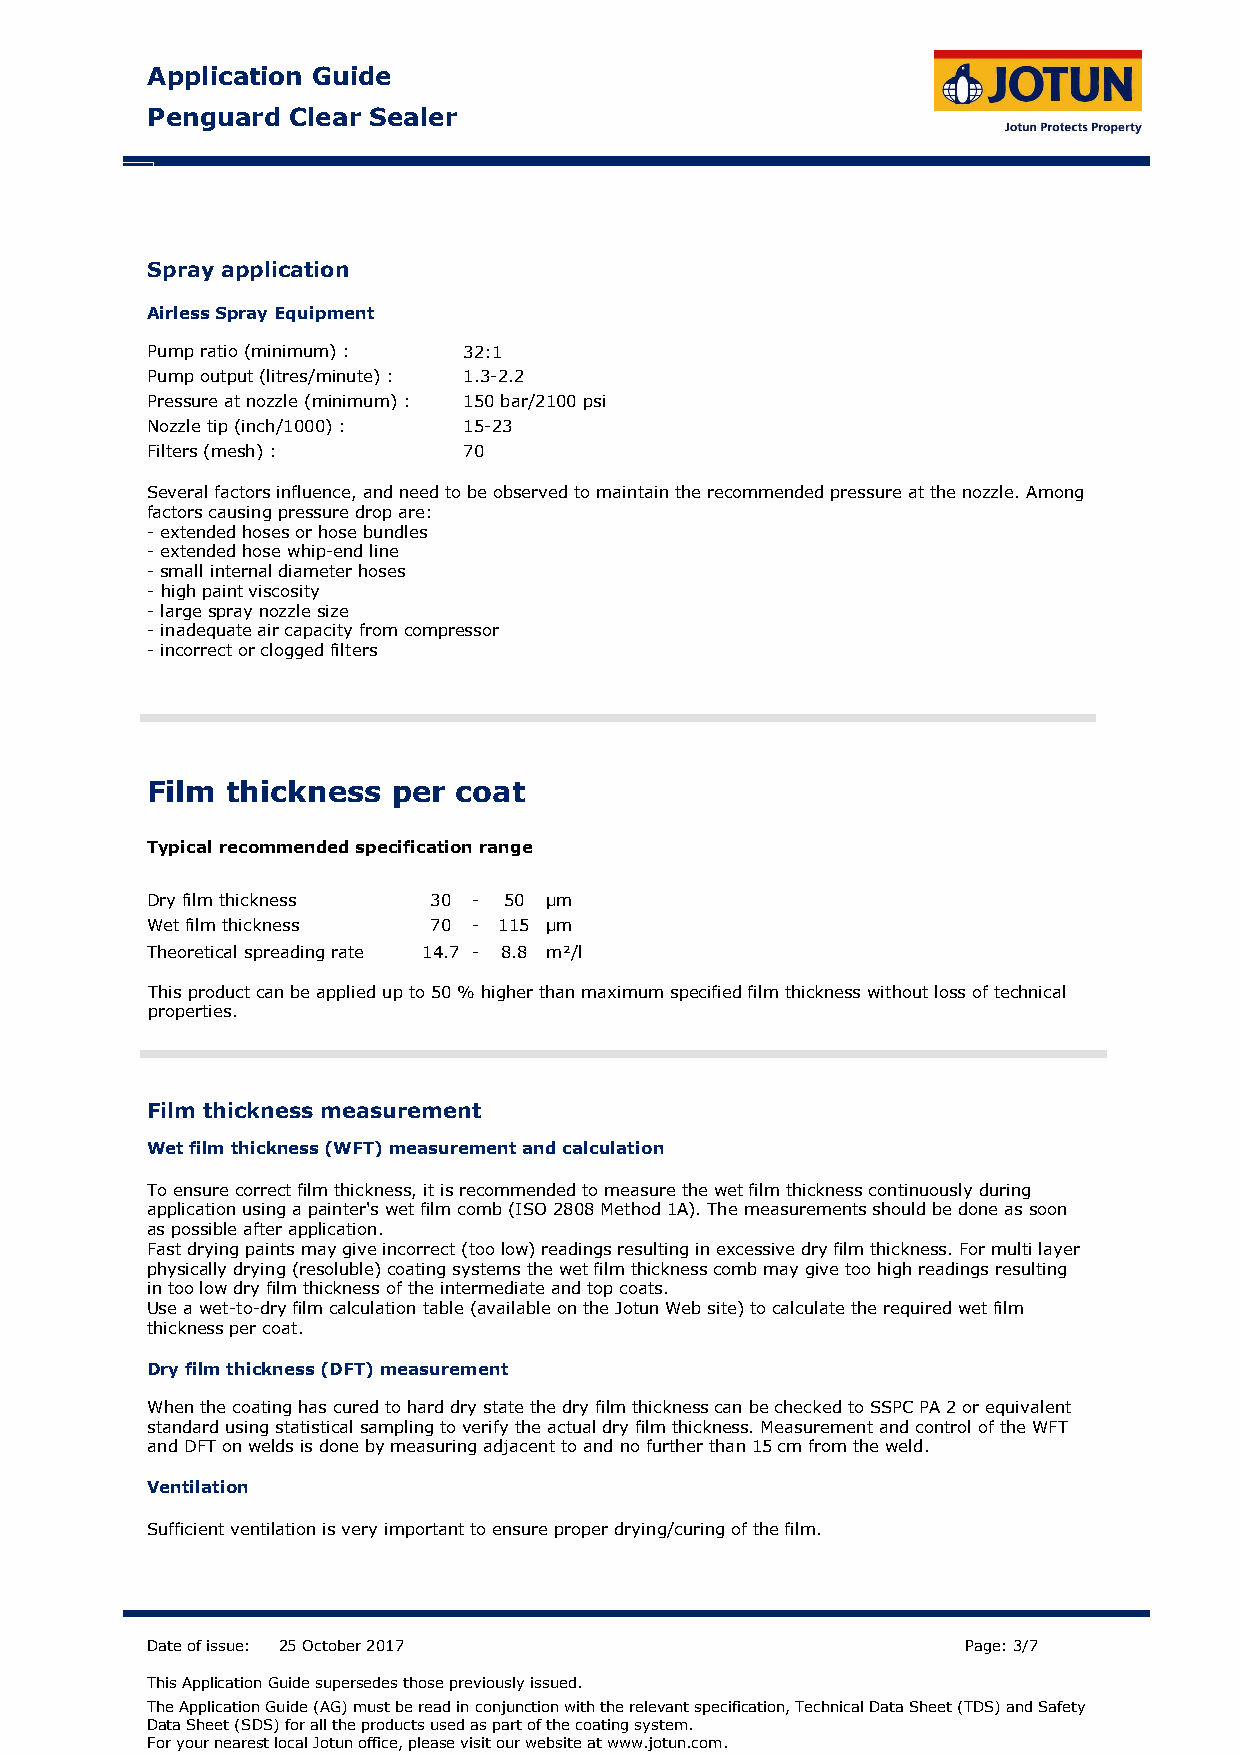
Application Guide
 Penguard Clear Sealer
 Spray application
 Airless Spray Equipment
 Pump ratio (minimum) : 32:1
 Pump output (litres/minute) : 1.3-2.2
 Pressure at nozzle (minimum) : 150 bar/2100 psi
 Nozzle tip (inch/1000) : 15-23
 Filters (mesh) :     70
 Several factors influence, and need to be observed to maintain the recommended pressure at the nozzle. Among
 factors causing pressure drop are:
 - extended hoses or hose bundles
 - extended hose whip-end line
 - small internal diameter hoses
 - high paint viscosity
 - large spray nozzle size
 - inadequate air capacity from compressor
 - incorrect or clogged filters
 Film thickness  per coat
 Typical recommended specification range
 Dry film thickness 30 - 50 μm
 Wet film thickness 70 - 115 μm
 Theoretical spreading rate 14.7 - 8.8 m²/l
 This product can be applied up to 50 % higher than maximum specified film thickness without loss of technical
 properties.
 Film thickness measurement
 Wet film thickness (WFT) measurement and calculation
 To ensure correct film thickness, it is recommended to measure the wet film thickness continuously during
 application using a painter's wet film comb (ISO 2808 Method 1A). The measurements should be done as soon
 as possible after application.
 Fast drying paints may give incorrect (too low) readings resulting in excessive dry film thickness. For multi layer
 physically drying (resoluble) coating systems the wet film thickness comb may give too high readings resulting
 in too low dry film thickness of the intermediate and top coats.
 Use a wet-to-dry film calculation table (available on the Jotun Web site) to calculate the required wet film
 thickness per coat.
 Dry film thickness (DFT) measurement
 When the coating has cured to hard dry state the dry film thickness can be checked to SSPC PA 2 or equivalent
 standard using statistical sampling to verify the actual dry film thickness. Measurement and control of the WFT
 and DFT on welds is done by measuring adjacent to and no further than 15 cm from the weld.
 Ventilation
 Sufficient ventilation is very important to ensure proper drying/curing of the film.
 Date of issue: 25 October 2017                        Page: 3/7
 This Application Guide supersedes those previously issued.
 The Application Guide (AG) must be read in conjunction with the relevant specification, Technical Data Sheet (TDS) and Safety
 Data Sheet (SDS) for all the products used as part of the coating system.
 For your nearest local Jotun office, please visit our website at www.jotun.com.